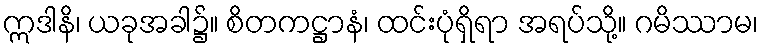
ဣဒါနိ၊ ယခုအခါ၌။ စိတကဋ္ဌာနံ၊ ထင်းပုံရှိရာ အရပ်သို့။ ဂမိဿာမ၊